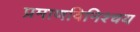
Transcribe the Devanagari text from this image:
प्रमाणविनिश्चय